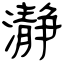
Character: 瀞